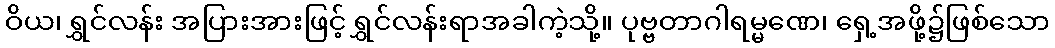
ဝိယ၊ ရွှင်လန်း အပြားအားဖြင့် ရွှင်လန်းရာအခါကဲ့သို့။ ပုဗ္ဗတာဂါရမ္မဏေ၊ ရှေ့အဖို့၌ဖြစ်သော